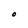
Character: O